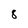
Character: 8